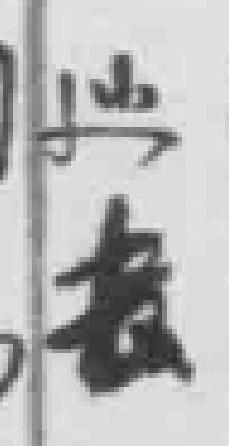
*